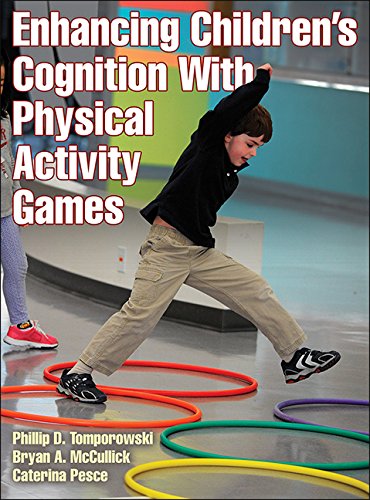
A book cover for Enhancing Children's Cognition With Physical Activity Games; Phillip Tomporowski; Health, Fitness & Dieting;